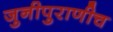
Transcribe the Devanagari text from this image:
जुनीपुराणीच